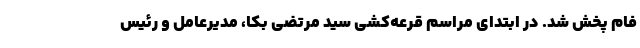
فام پخش شد. در ابتدای مراسم قرعه‌کشی سید مرتضی بکا، مدیرعامل و رئیس